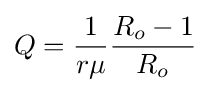
Q={1 \over r\mu }{R_{o}-1 \over R_{o}}